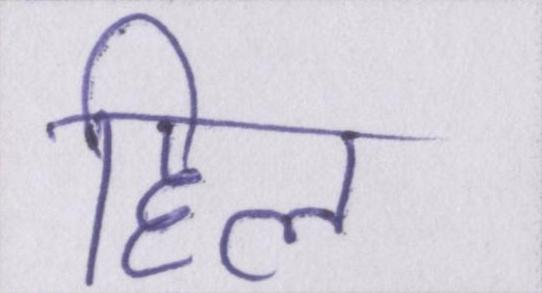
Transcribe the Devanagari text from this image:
हिल